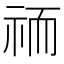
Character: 𮁮